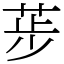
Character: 荹